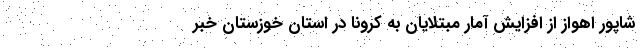
شاپور اهواز از افزایش آمار مبتلایان به کرونا در استان خوزستان خبر